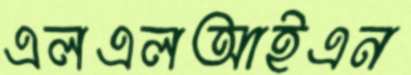
এলএলআইএন